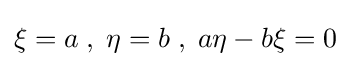
\xi =a\;,\;\eta =b\;,\;a\eta -b\xi =0